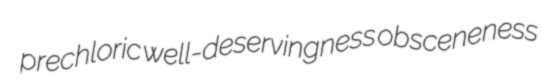
prechloric well-deservingness obsceneness